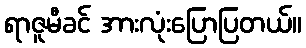
ရာဇူမီခင် အားလုံးပြောပြတယ်။